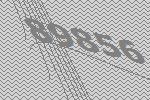
89856